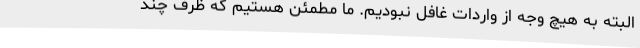
البته به هیچ وجه از واردات غافل نبودیم. ما مطمئن هستیم که ظرف چند